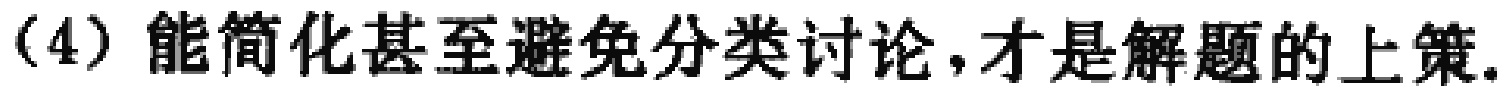
（4）能简化甚至避免分类讨论，才是解题的上策.